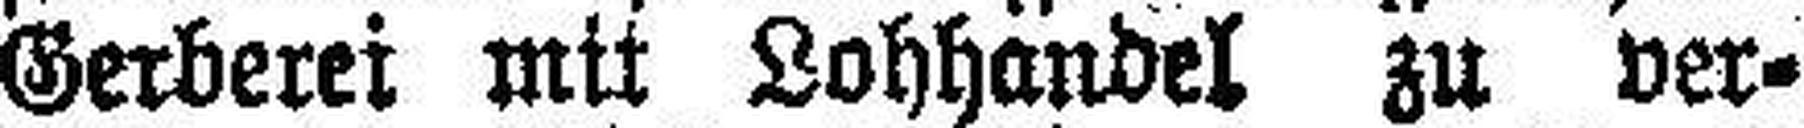
Gerberei mit Lohhandel zu ver¬